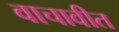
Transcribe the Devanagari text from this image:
वाचावीत